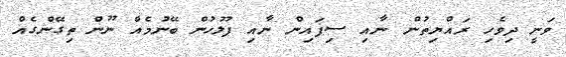
ވަނީ ދިވެހި ރައްޔިތުން ނާއި ސިފައިން ނާއި ފުލުހުން ބޭނުމެއް ނޫން ތިގޭންގެއް